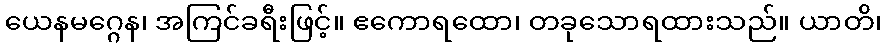
ယေနမဂ္ဂေန၊ အကြင်ခရီးဖြင့်။ ဧကောရထော၊ တခုသောရထားသည်။ ယာတိ၊